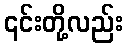
၎င်းတို့လည်း